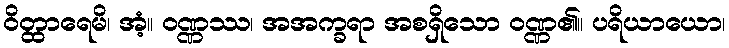
ဝိတ္ထာရေမိ၊ အံ့။ ဝဏ္ဏဿ၊ အအက္ခရာ အစရှိသော ဝဏ္ဏ၏။ ပရိယာယော၊